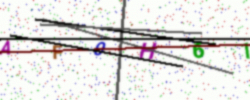
Text: AF0H61